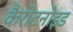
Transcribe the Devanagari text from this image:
कैरोटनोइड